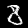
Digit: 8